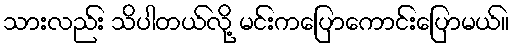
သားလည်း သိပါတယ်လို့ မင်းကပြောကောင်းပြောမယ်။